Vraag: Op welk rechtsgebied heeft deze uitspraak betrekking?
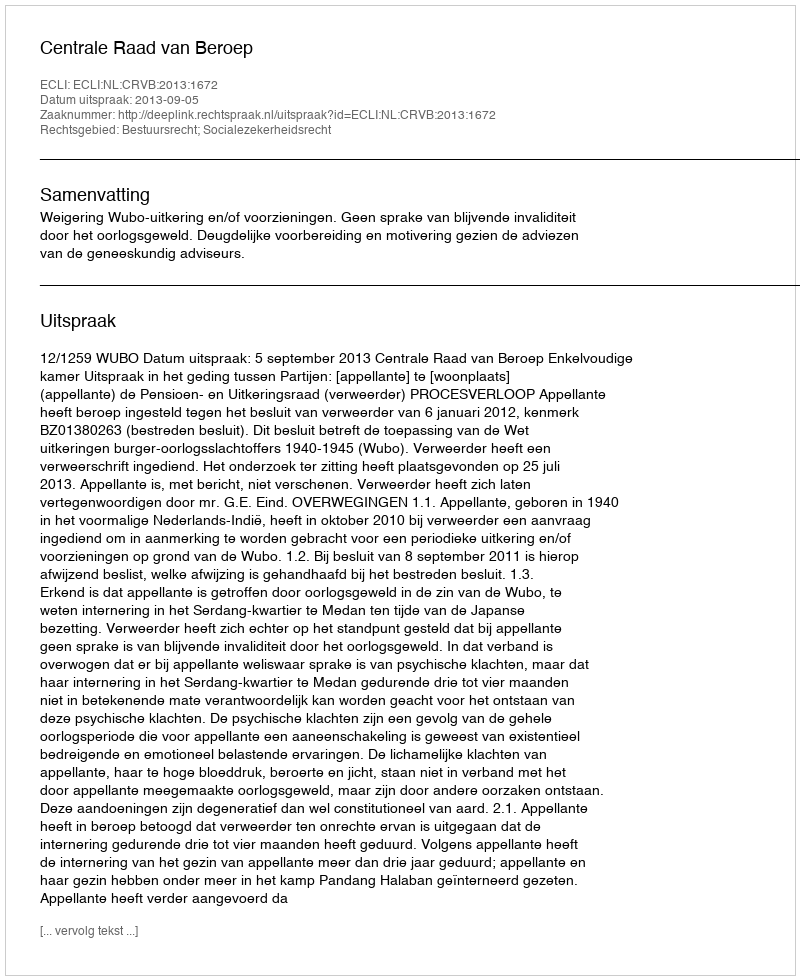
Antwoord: Bestuursrecht; Socialezekerheidsrecht